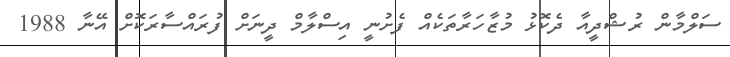
ސަލްމާން ރުޝްދީއާ ދެކޮޅު މުޒާހަރާތަކެއް ފެށުނީ އިސްލާމް ދީނަށް ފުރައްސާރަކޮށް އޭނާ 1988